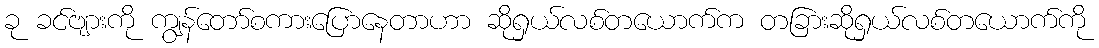
ခု ခင်ဗျားကို ကျွန်တော်စကားပြောနေတာဟာ ဆိုရှယ်လစ်တယောက်က တခြားဆိုရှယ်လစ်တယောက်ကို